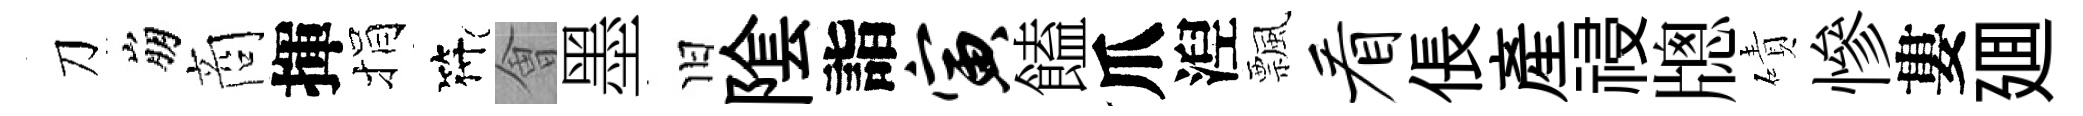
刀崩商揮捐符㑹墨旧隂詣寅饁爪湼飄看倀産祲牕磧慘婁廽